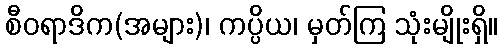
စီဝရာဒိက(အများ)၊ ကပ္ပိယ၊ မှတ်ကြ သုံးမျိုးရှိ။